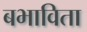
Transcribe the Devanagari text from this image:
बभाविता